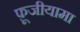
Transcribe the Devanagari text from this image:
फ़ूजीयामा